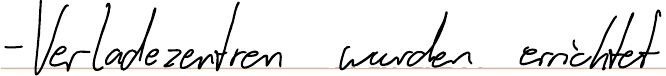
- Verladezentren wurden errichtet